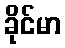
ခိုင်မာ